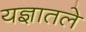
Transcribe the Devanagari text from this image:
यज्ञातले